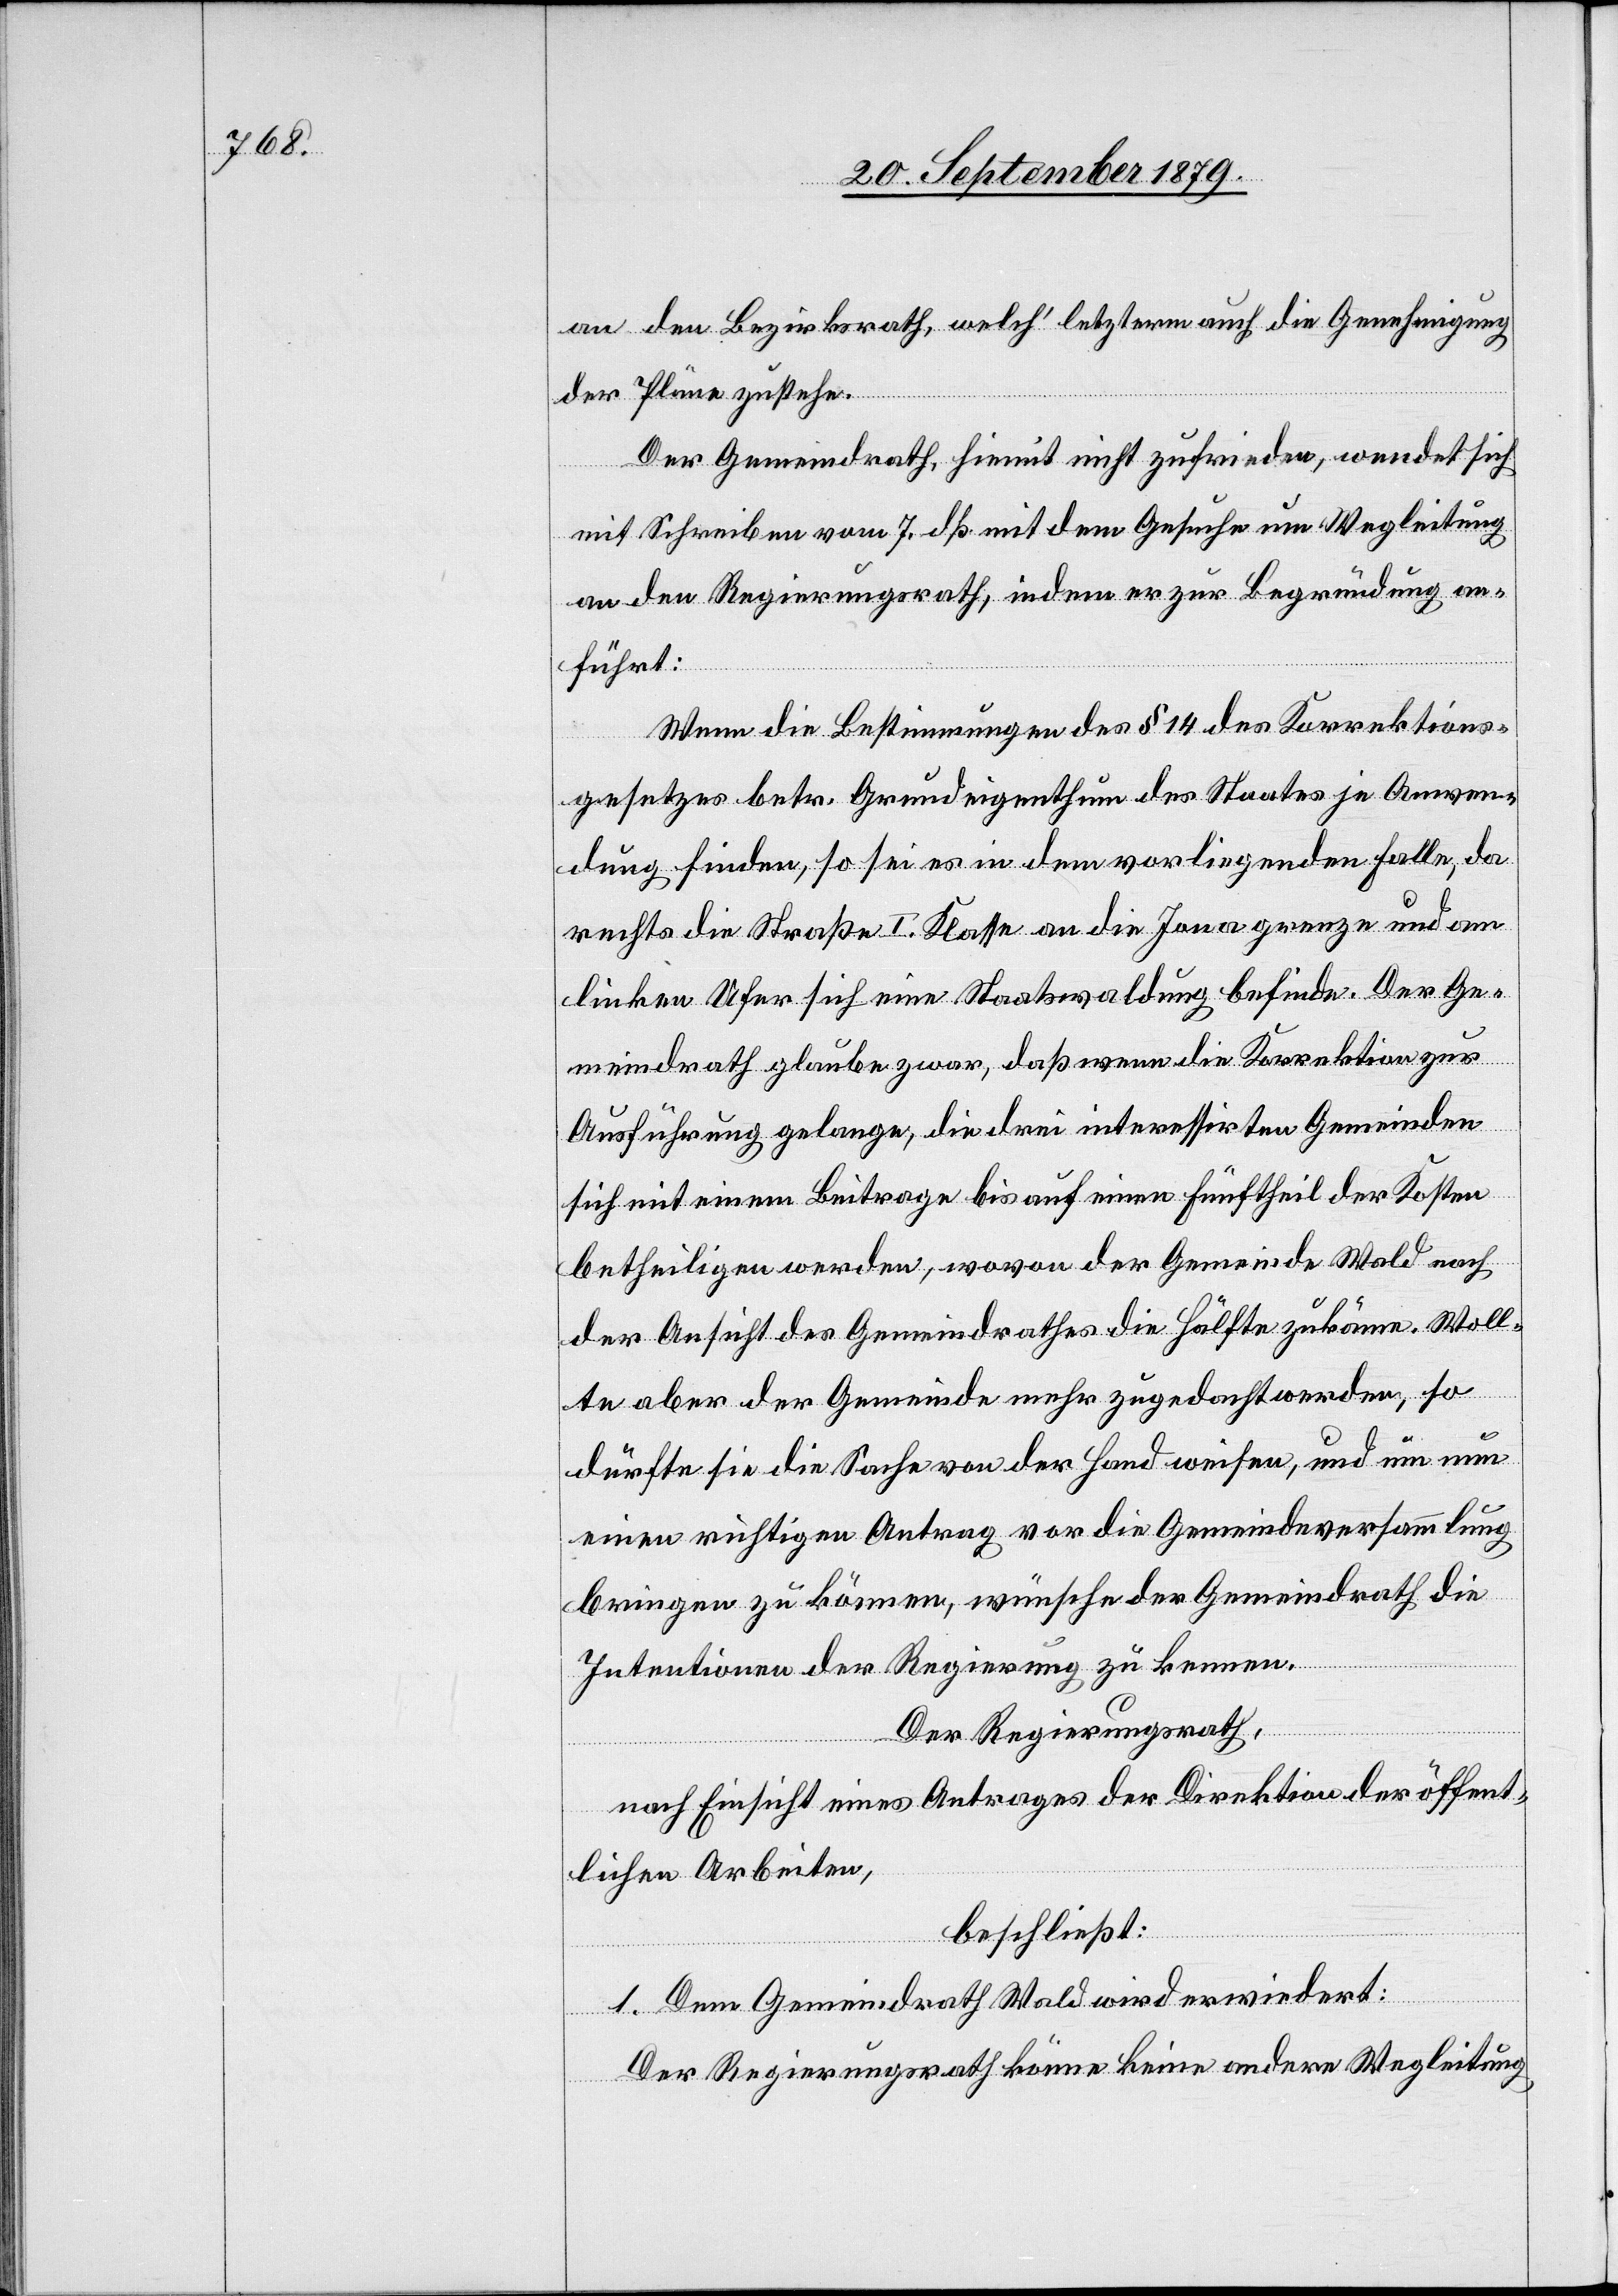
an den Bezirksrath, welch’ letzterem auch die Genehmigung
der Pläne zustehe.
Der Gemeindrath, hiemit nicht zufrieden, wendet sich
mit Schreiben vom 7. dß mit dem Gesuche um Wegleitung
an den Regierungsrath, indem er zur Begründung an¬
führt:
Wenn die Bestimmungen des § 14 des Korrektions¬
gesetzes betr. Grundeigenthum des Staates je Anwen¬
dung finden, so sei es in dem vorliegenden Falle, da
rechts die Straße I. Klasse an die Jonagrenze und am
linken Ufer sich eine Staatswaldung befinde. Der Ge¬
meindrath glaube zwar, daß wenn die Korrektion zur
Ausführung gelange, die drei interessirten Gemeinden
sich mit einem Beitrage bis auf einen Fünfftheil der Kosten
betheiligen werden, wovon der Gemeinde Wald nach
der Ansicht des Gemeindrathes die Hälfte zukäme. Woll¬
te aber der Gemeinde mehr zugedacht werden, so
dürfte sie die Sache von der Hand weisen, und um nun
einen richtigen Antrag vor die Gemeindeversammlung
bringen zu können, wünsche der Gemeindrath die
Intentionen der Regierung zu kennen.
Der Regierungsrath,
nach Einsicht eines Antrages der Direktion der öffent¬
lichen Arbeiten,
beschließt:
1. Dem Gemeindrath Wald wird erwiedert:
Der Regierungsrath könne keine andere Wegleitung